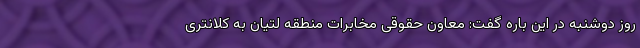
روز دوشنبه در این باره گفت: معاون حقوقی مخابرات منطقه لتیان به کلانتری